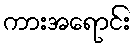
ကားအရောင်း